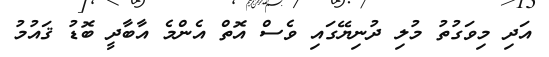
އަދި މިވަގުތު މުލި ދުނިޔޭގައި ވެސް އޮތް އެންމެ އާބާދީ ބޮޑު ޤައުމު